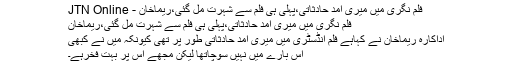
فلم نگری میں میری آمد حادثاتی،پہلی ہی فلم سے شہرت مل گئی،ریماخان - JTN Online
فلم نگری میں میری آمد حادثاتی،پہلی ہی فلم سے شہرت مل گئی،ریماخان
اداکارہ ریماخان نے کہاہے فلم انڈسٹری میں میری آمد حادثاتی طور پر تھی کیونکہ میں نے کبھی
اس بارے میں نہیں سوچاتھا لیکن مجھے اس پر بہت فخرہے۔